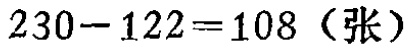
\(230 - 122 = 108\)（张）